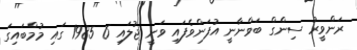
ރަންވީރު ސިންގް ބަވްނާނީ އުފަންވެފައި ވަނީ ޖުލައި 6 1985 ގައި މުމްބައިގަ